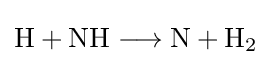
{\mathrm {H} {}+{}\mathrm {NH} {}\mathrel {\longrightarrow } {}\mathrm {N} {}+{}\mathrm {H} {\vphantom {A}}_{\smash[{t}]{2}}}